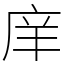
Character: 庠